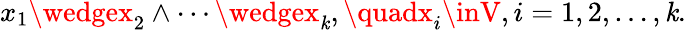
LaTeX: x_{1}\wedgex_{2}\wedge\cdots\wedgex_{\mathit{k}},\quadx_{i}\inV,i=1,2,\ldots,\mathit{k}.